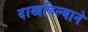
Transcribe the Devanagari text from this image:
दाखविल्याने